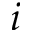
i